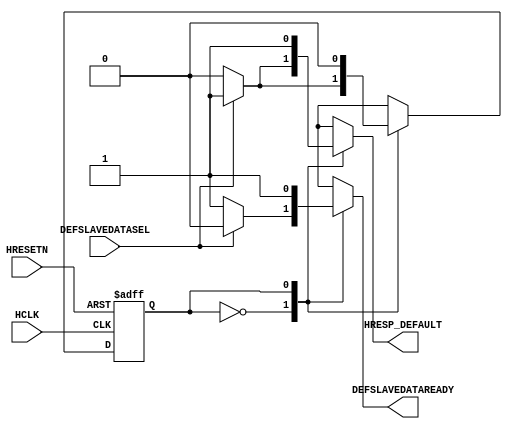
module COREAHBLITE_DEFAULTSLAVESM
(
input						HCLK,
input						HRESETN,
input						DEFSLAVEDATASEL,
output	reg					DEFSLAVEDATAREADY,
output	reg					HRESP_DEFAULT
);
localparam IDLE				= 1'b0;
localparam HRESPEXTEND		= 1'b1;
reg							defSlaveSMNextState;
reg							defSlaveSMCurrentState;
    always @ ( * )
    begin
        DEFSLAVEDATAREADY = 1'b1;
        HRESP_DEFAULT = 1'b0;
        case ( defSlaveSMCurrentState )
        IDLE:
        begin
            if ( DEFSLAVEDATASEL )
            begin
                DEFSLAVEDATAREADY = 1'b0;
                HRESP_DEFAULT = 1'b1;
                defSlaveSMNextState = HRESPEXTEND;
            end
            else
                defSlaveSMNextState = IDLE;
        end
        HRESPEXTEND:
        begin
            HRESP_DEFAULT = 1'b1;
            defSlaveSMNextState = IDLE;
        end
        default:
            defSlaveSMNextState = IDLE;
        endcase
    end
    always @ ( posedge HCLK or negedge HRESETN )
    begin
        if ( !HRESETN )
            defSlaveSMCurrentState <= IDLE;
        else
            defSlaveSMCurrentState <= defSlaveSMNextState;
    end
endmodule